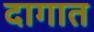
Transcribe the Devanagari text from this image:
दागात